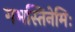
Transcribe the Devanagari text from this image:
गभस्तिनेमिः